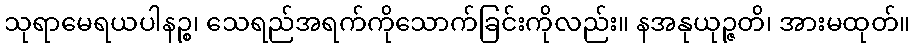
သုရာမေရယပါနဉ္စ၊ သေရည်အရက်ကိုသောက်ခြင်းကိုလည်း။ နအနုယုဉ္ဇတိ၊ အားမထုတ်။